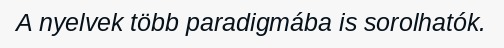
A nyelvek több paradigmába is sorolhatók.